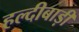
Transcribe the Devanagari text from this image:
हल्दीबाड़ी